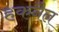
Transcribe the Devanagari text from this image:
हकनैल